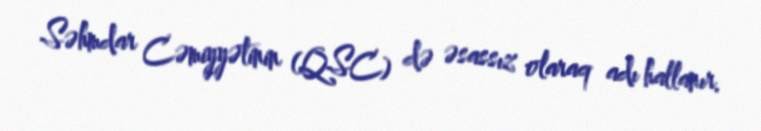
Səhmdar Cəmiyyətinin (QSC) də əsassız olaraq adı hallanır.